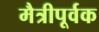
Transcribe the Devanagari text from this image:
मैत्रीपूर्वक